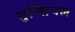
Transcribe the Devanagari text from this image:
मुन्सिपल